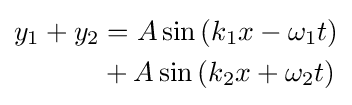
{\begin{aligned}y_{1}+y_{2}&=A\sin \left(k_{1}x-\omega _{1}t\right)\\&+A\sin \left(k_{2}x+\omega _{2}t\right)\end{aligned}}\,\!